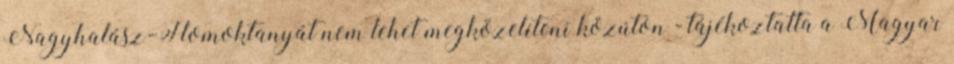
Nagyhalász-Homoktanyát nem lehet megközelíteni közúton - tájékoztatta a Magyar